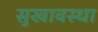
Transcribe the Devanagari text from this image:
सुखावस्था